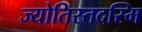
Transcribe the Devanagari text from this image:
ज्योतिस्तदस्मि